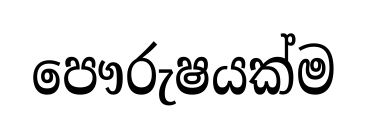
පෞරුෂයක්ම